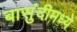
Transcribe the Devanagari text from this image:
बासुंदीमध्ये